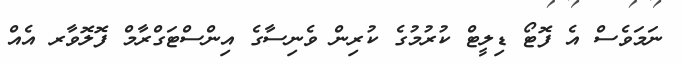
ނަމަވެސް އެ ފޮޓޯ ޑިލީޓް ކުރުމުގެ ކުރިން ވެނިސާގެ އިންސްޓަގްރާމް ފޮލޮވާރ އެއް